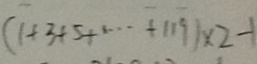
( 1 + 3 + 5 + \cdots + 1 1 9 ) \times 2 - 1